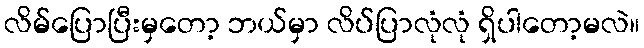
လိမ်ပြောပြီးမှတော့ ဘယ်မှာ လိပ်ပြာလုံလုံ ရှိပါတော့မလဲ။